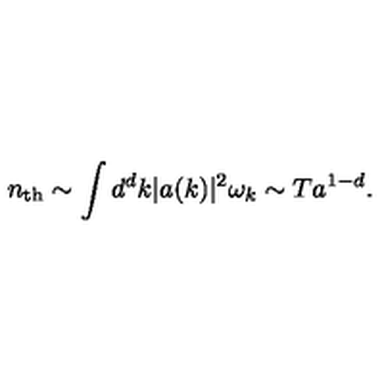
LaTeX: n _ { \mathrm { t h } } \sim \int d ^ { d } k \vert a ( k ) \vert ^ { 2 } \omega _ { k } \sim T a ^ { 1 - d } .